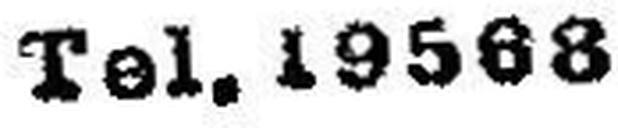
Tel. 19568